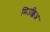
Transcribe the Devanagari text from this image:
मिउक्किअ